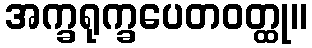
အက္ခရုက္ခပေတဝတ္ထု။